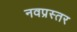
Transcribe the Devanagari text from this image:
नवप्रस्तर